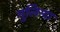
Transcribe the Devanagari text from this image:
गुलिन्दा